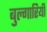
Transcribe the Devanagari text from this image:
बुल्गारियी